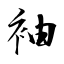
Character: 袖